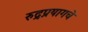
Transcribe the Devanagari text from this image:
रुद्रप्रयागचे